Cholera in southern India
Disease focus: Cholera
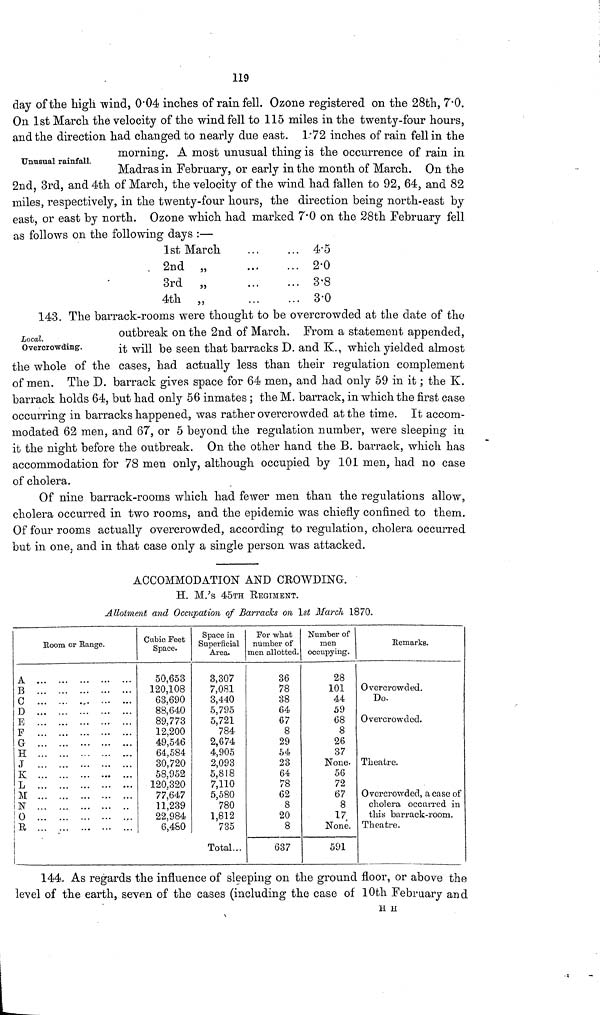
119
day of the high wind, 0.04 inches of rain fell. Ozone registered on the 28th, 7.0.
On 1st March the velocity of the wind fell to 115 miles in the twenty-four hours,
and the direction had changed to nearly due east. 1.72 inches of rain fell in the
Unusual rainfall.
morning. A most unusual thing is the occurrence of rain in
Madras in February, or early in the month of March. On the
2nd, 3rd, and 4th of March, the velocity of the wind had fallen to 92, 64, and 82
miles, respectively, in the twenty-four hours, the direction being north-east by
east, or east by north. Ozone which had marked 7.0 on the 28th February fell
as follows on the following days :—
1st
2nd
3rd
4th
March
,,
...
,,
,,
... 4.5
... 2.0
... 3.8
... 3.0
Local.
Overcrowding.
143. The barrack-rooms were thought to be overcrowded at the date of the
outbreak on the 2nd of March. From a statement appended,
it will be seen that barracks D. and K., which yielded almost
the whole of the cases, had actually less than their regulation complement
of men. The D. barrack gives space for 64 men, and had only 59 in it ; the K.
barrack holds 64, but had only 56 inmates ; the M. barrack, in which the first case
occurring in barracks happened, was rather overcrowded at the time. It accom-
modated 62 men, and 67, or 5 beyond the regulation number, were sleeping in
it the night before the outbreak. On the other hand the B. barrack, which has
accommodation for 78 men only, although occupied by 101 men, had no case
of cholera.
Of nine barrack-rooms which had fewer men than the regulations allow,
cholera occurred in two rooms, and the epidemic was chiefly confined to them.
Of four rooms actually overcrowded, according to regulation, cholera occurred
but in one, and in that case only a single person was attacked.
ACCOMMODATION AND CROWDING.
H. M.'s 45TH REGIMENT.
Allotment and Occupation of Barracks on 1st March 1870.
Room or Bange.
A
B
C
D
E
F
G
H
J
K
L
M
1ST
O
R
Cubic Feet
Space.
50,653
120,108
63,690
88,640
89,773
12,200
49,546
64,584
30,720
58,952
120,320
77,64.7
11,239
22,984
6,480
Space in
Superficial
Area.
3,307
7,081
3,440
5,795
5,721
784
2,674
4,905
2,093
5,818
7,110
5,580
780
1,812
735
Total...
For what
number of
men allotted.
36
78
38
64
67
8
29
54
23
64
78
62
8
20
8
637
Number of
men
occupying.
28
101
44
59
68
8
26
37
None.
56
72
67
8
17
None.
591
Remarks.
Overcrowded.
Do.
Overcrowded.
Theatre.
Overcrowded, a case of
cholera occurred in
this barrack-room.
Theatre.
144- As regards the influence of sleeping on the ground floor, or above the
level of the earth, seven of the cases (including the case of 10th February and
H H